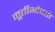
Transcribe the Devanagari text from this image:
मूर्तीभोवती